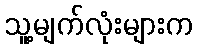
သူ့မျက်လုံးများက